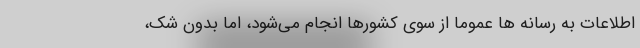
اطلاعات به رسانه ها عموما از سوی کشورها انجام می‌شود، اما بدون شک،